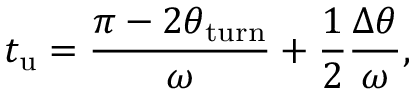
t _ { \mathrm { u } } = \frac { \pi - 2 \theta _ { \mathrm { t u r n } } } { \omega } + \frac { 1 } { 2 } \frac { \Delta \theta } { \omega } ,